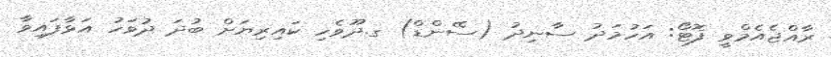
ރާއްޖެއެމްވީ ފޮޓޯ: އަހުމަދު ސާނިދު (ސޭންޑް) ގ.ދޫވެހި ކައިރިޔަށް ބުދަ ދުވަހު އަޅާފައިވާ